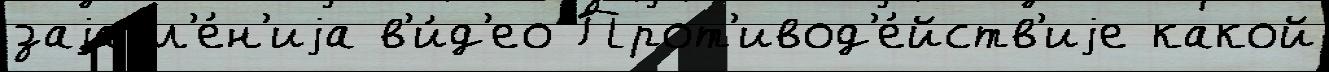
заjавл'е́н'иjа в'и́д'ео Прот'ивод'е́йств'иjе какой